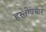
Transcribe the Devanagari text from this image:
हस्तोपचार